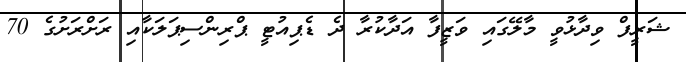
ޝަރީފް ވިދާޅުވީ މާލޭގައި ވަޒީފާ އަދާކުރާ ދެ ޑެޕިއުޓީ ޕްރިންސިޕަލަކާއި ރަށްރަށުގެ 70